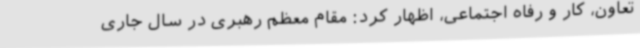
تعاون، کار و رفاه اجتماعی، اظهار کرد: مقام معظم رهبری در سال جاری